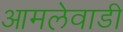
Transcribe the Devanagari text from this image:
आमलेवाडी